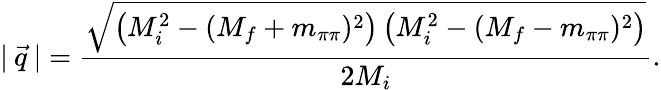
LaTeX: |\: \vec{q}\: |=\frac{\sqrt{\left(M_{i}^{2}-(M_{f}+m_{\pi\pi})^{2}\right)\left(M_{i}^{2}-(M_{f}-m_{\pi\pi})^{2}\right)}}{2M_{i}}.